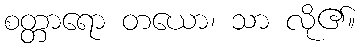
စတ္တာရော တယော၊ သာ လို၏။